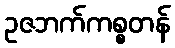
ဥဇဘက်ကစ္စတန်